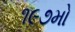
૧૯૭મો